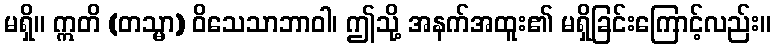
မရှိ။ ဣတိ (တသ္မာ) ဝိသေသာဘာဝါ၊ ဤသို့ အနက်အထူး၏ မရှိခြင်းကြောင့်လည်း။